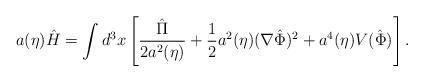
LaTeX: \begin{align*}a(\eta) \hat{H} = \int d^3x \left[ \frac{\hat{\Pi}}{2 a^2(\eta)} + \frac{1}{2}a^2(\eta) (\nabla \hat{\Phi})^2 + a^4(\eta) V(\hat{\Phi})\right].\end{align*}